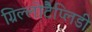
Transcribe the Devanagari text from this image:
ग्रिल्लोटैप्लिडी